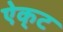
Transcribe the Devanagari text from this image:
ऐक्‌ट